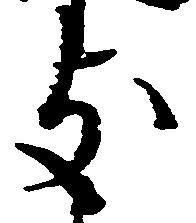
支